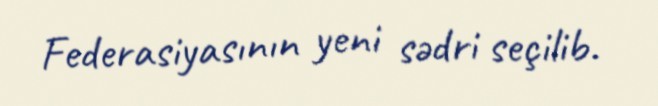
Federasiyasının yeni sədri seçilib.